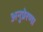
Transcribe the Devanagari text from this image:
अनुप्रेरणा